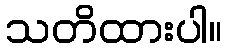
သတိထားပါ။